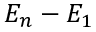
E _ { n } - E _ { 1 }